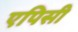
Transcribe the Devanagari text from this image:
एपिसी